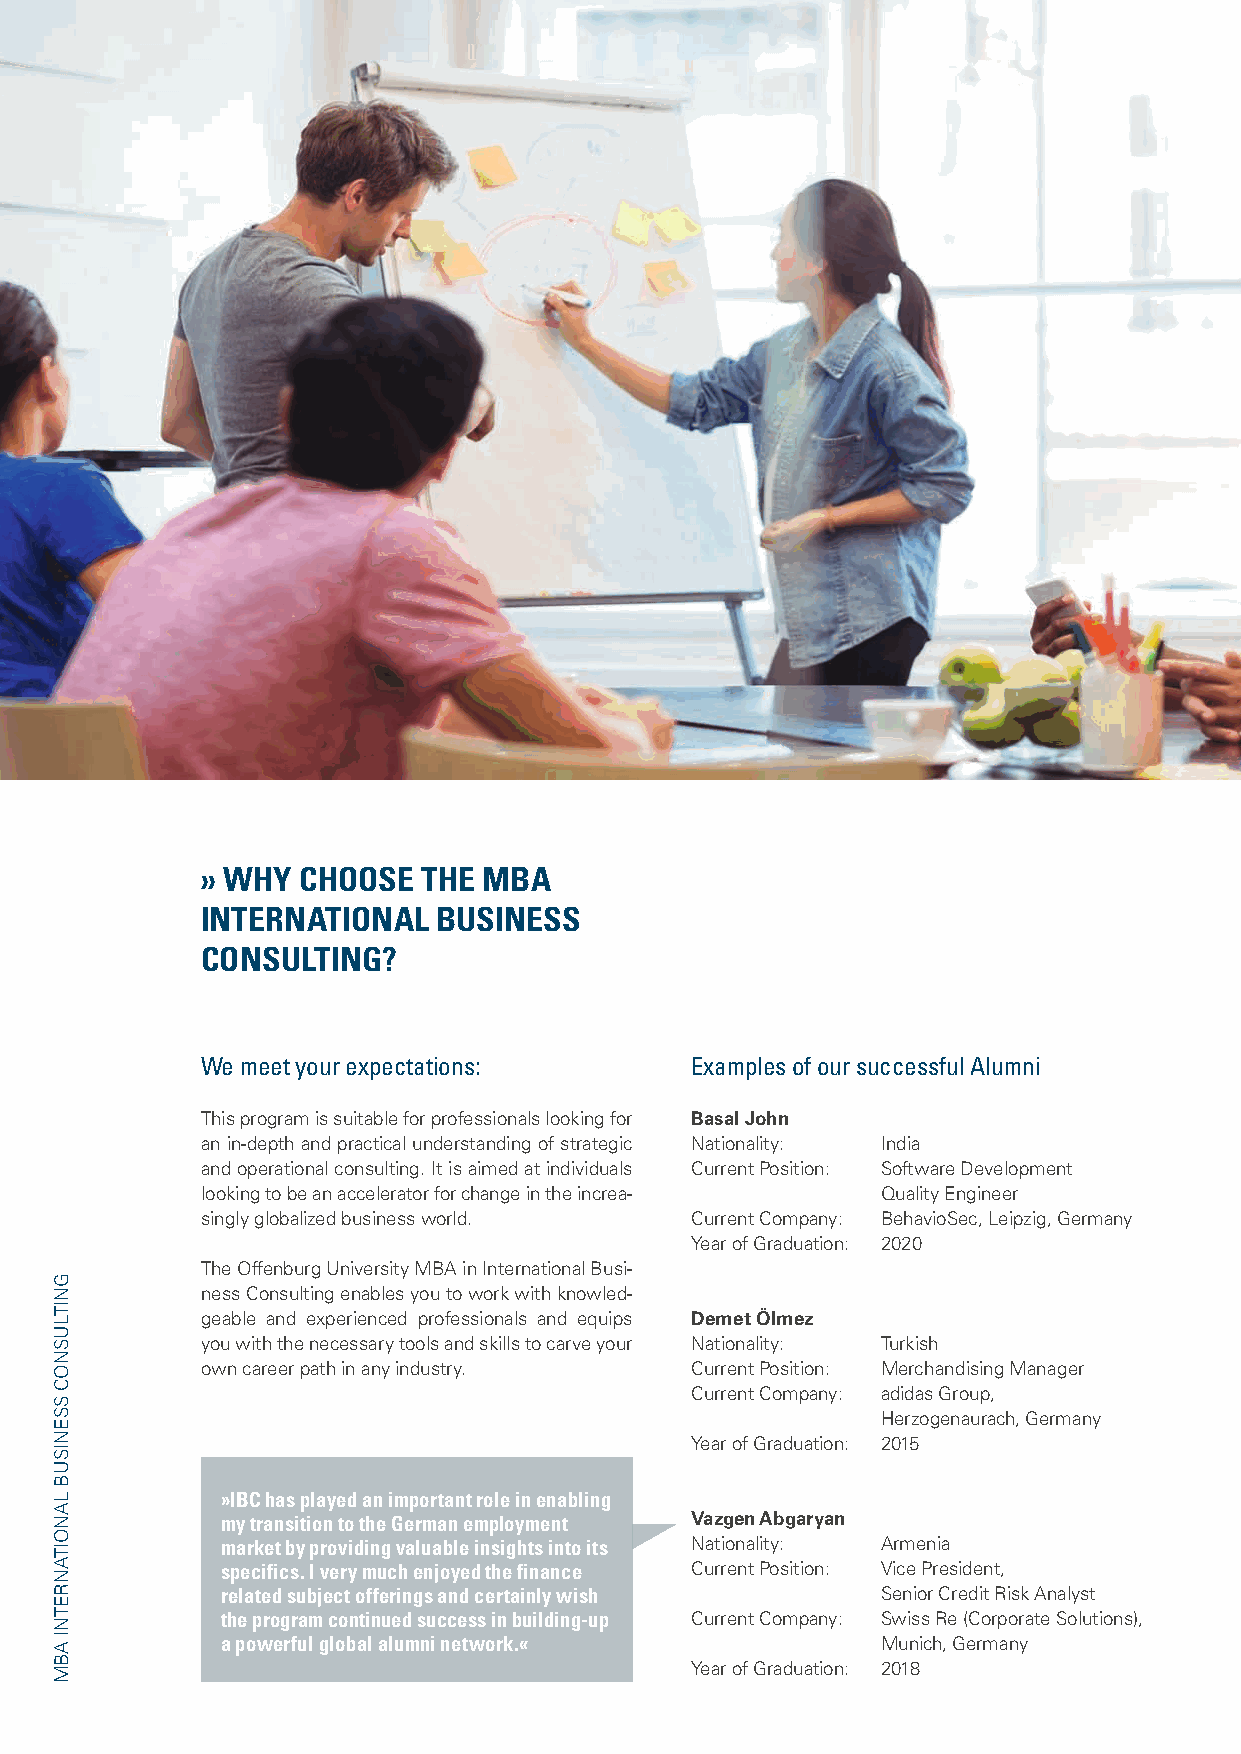
›› WHY CHOOSE  THE MBA
 INTERNATIONAL   BUSINESS
 CONSULTING?
 We meet your expectations:       Examples of our successful Alumni
 This program is suitable for professionals looking for Basal John
 an in-depth and practical understanding of strategic Nationality: India
 and operational consulting. It is aimed at individuals Current Position: Software Development
 looking to be an accelerator for change in the increa- Quality Engineer
 singly globalized business world. Current Company: BehavioSec, Leipzig, Germany
 Year of Graduation: 2020
 The Offenburg University MBA in International Busi-
 ness Consulting enables you to work with knowled-
 geable and experienced professionals and equips Demet Ölmez
 you with the necessary tools and skills to carve your Nationality: Turkish
 own career path in any industry. Current Position: Merchandising Manager
 Current Company: adidas Group,
 Herzogenaurach, Germany
 Year of Graduation: 2015
 »IBC has played an important role in enabling
 my transition to the German employment Vazgen Abgaryan
 market by providing valuable insights into its Nationality: Armenia
 specifics. I very much enjoyed the finance Current Position: Vice President,
 related subject offerings and certainly wish Senior Credit Risk Analyst
 the program continued success in building-up Current Company: Swiss Re (Corporate Solutions),
 a powerful global alumni network.«         Munich, Germany
 Year of Graduation: 2018
 GNITLUSNOC
 SSENISUB
 LANOITANRETNI
 ABM